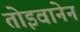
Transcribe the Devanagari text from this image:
तोइवानेन